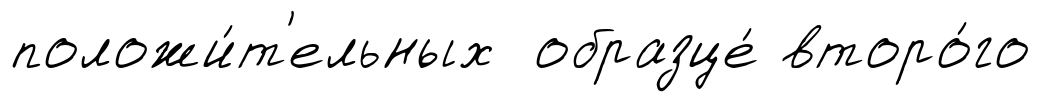
положи́т'ельных образце́ второ́го